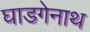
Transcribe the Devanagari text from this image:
घाडगेनाथ